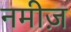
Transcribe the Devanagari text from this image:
नमीज़